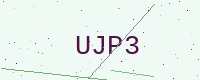
Text: UJP3